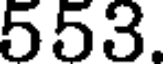
553.